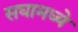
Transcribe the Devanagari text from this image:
सघामध्ये